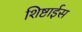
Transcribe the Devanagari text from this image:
शिष्टाईस